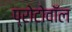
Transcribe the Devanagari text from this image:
प्रोटोवॉल